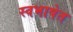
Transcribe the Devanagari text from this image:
स्वभाषेत